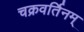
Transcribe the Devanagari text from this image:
चक्रवर्तिनम्